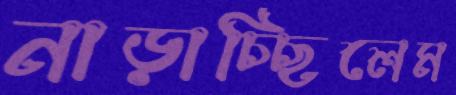
নাড়াচ্ছিলেম